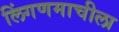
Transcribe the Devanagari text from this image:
लिंगणमाचीला